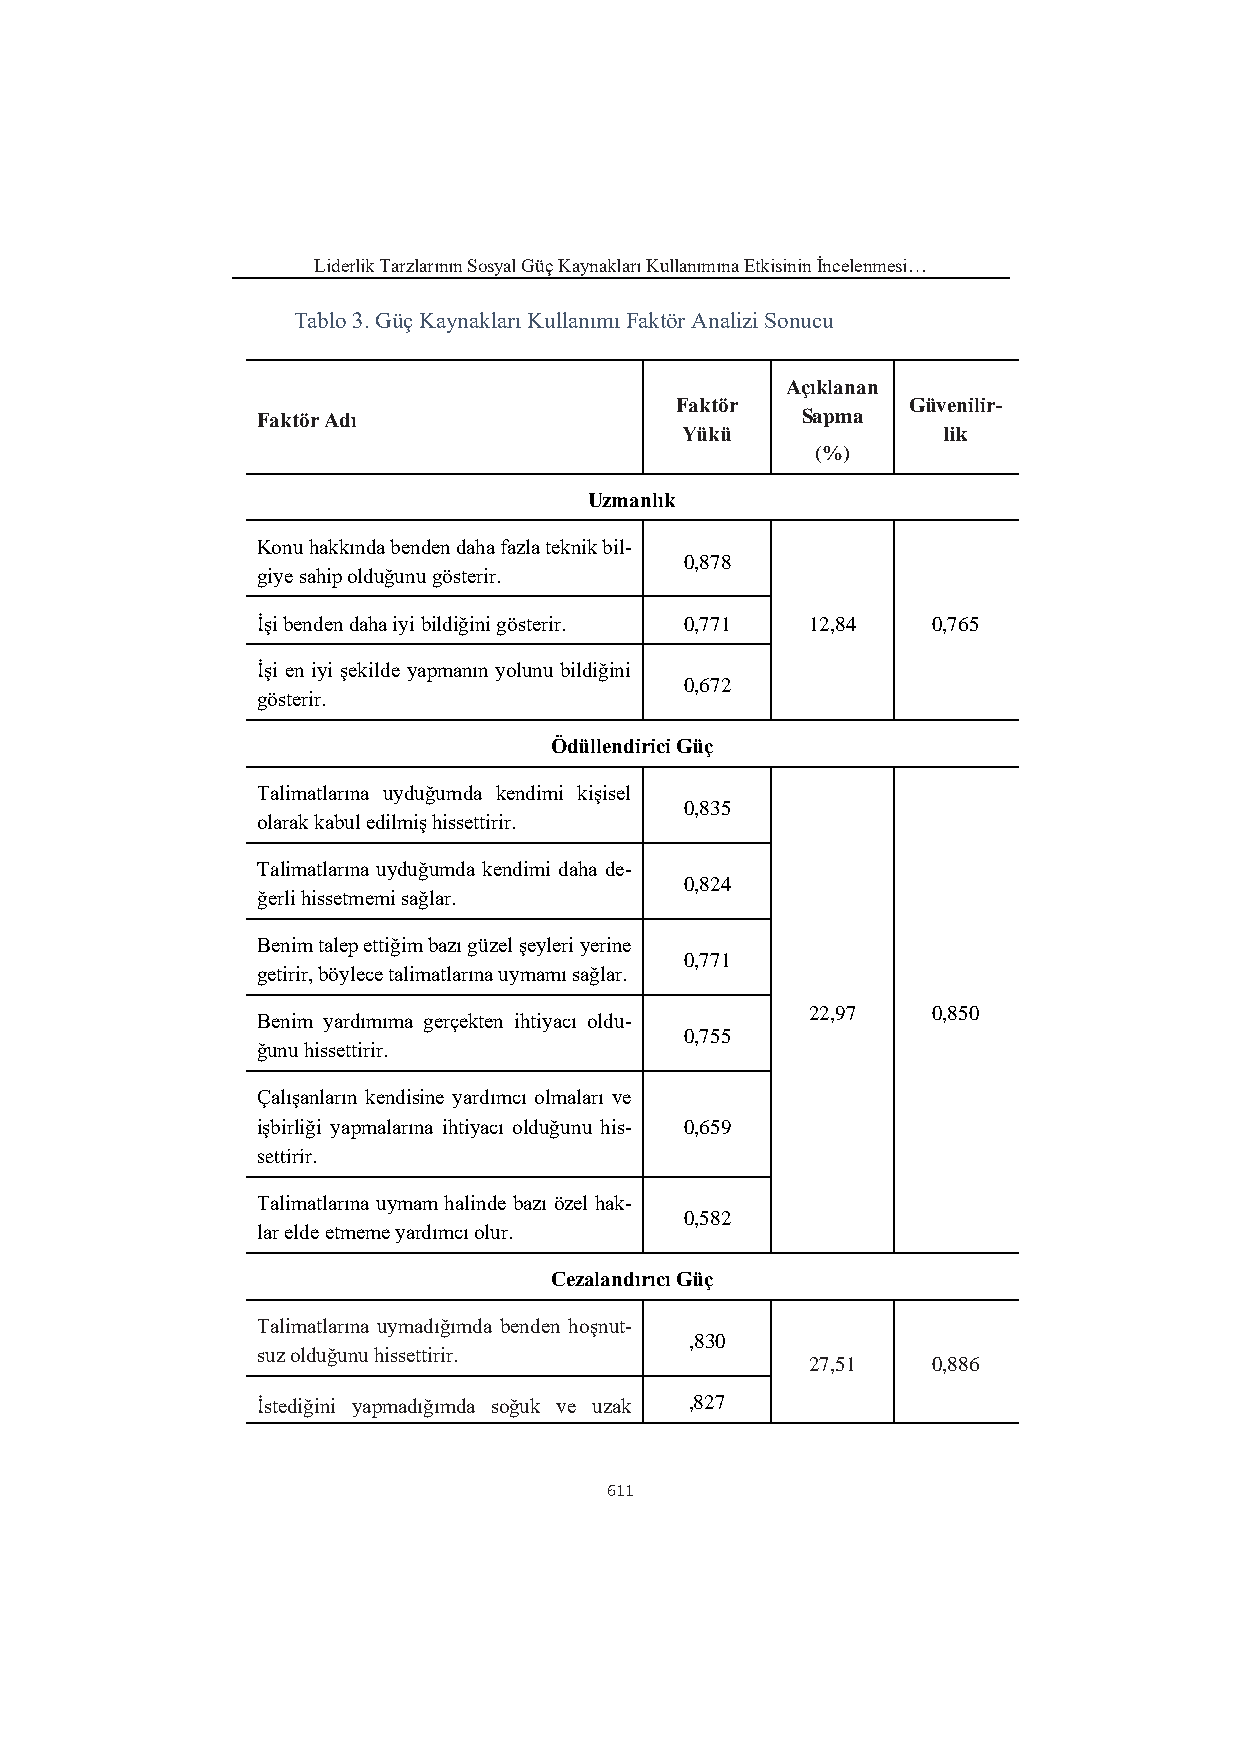
Liderlik Tarzlarının Sosyal Güç Kaynakları Kullanımına Etkisinin İncelenmesi…
 Tablo 3. Güç Kaynakları Kullanımı Faktör Analizi Sonucu
 Açıklanan
 Faktör         Güvenilir-
 Faktör Adı                          Sapma
 Yükü             lik
 (%)
 Uzmanlık
 Konu hakkında benden daha fazla teknik bil-
 0,878
 giye sahip olduğunu gösterir.
 İşi benden daha iyi bildiğini gösterir. 0,771 12,84 0,765
 İşi en iyi şekilde yapmanın yolunu bildiğini
 0,672
 gösterir.
 Ödüllendirici Güç
 Talimatlarına uyduğumda kendimi kişisel
 0,835
 olarak kabul edilmiş hissettirir.
 Talimatlarına uyduğumda kendimi daha de-
 0,824
 ğerli hissetmemi sağlar.
 Benim talep ettiğim bazı güzel şeyleri yerine
 0,771
 getirir, böylece talimatlarına uymamı sağlar.
 22,97   0,850
 Benim yardımıma gerçekten ihtiyacı oldu-
 0,755
 ğunu hissettirir.
 Çalışanların kendisine yardımcı olmaları ve
 işbirliği yapmalarına ihtiyacı olduğunu his- 0,659
 settirir.
 Talimatlarına uymam halinde bazı özel hak-
 0,582
 lar elde etmeme yardımcı olur.
 Cezalandırıcı Güç
 Talimatlarına uymadığımda benden hoşnut-
 ,830
 suz olduğunu hissettirir.
 27,51   0,886
 İstediğini yapmadığımda soğuk ve uzak ,827
 611